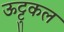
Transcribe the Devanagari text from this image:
ऊट्टुकल